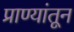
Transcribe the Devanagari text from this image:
प्राण्यांतून